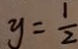
y = \frac { 1 } { 2 }